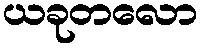
ယခုတလော